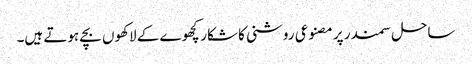
ساحل سمندر پر مصنوعی روشنی کا شکار کچھوے کے لاکھوں بچے ہوتے ہیں۔